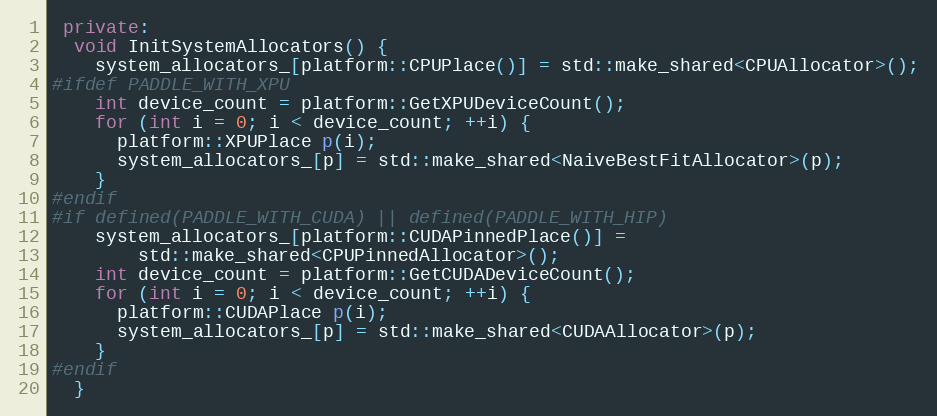
Language: C++
 private:
  void InitSystemAllocators() {
    system_allocators_[platform::CPUPlace()] = std::make_shared<CPUAllocator>();
#ifdef PADDLE_WITH_XPU
    int device_count = platform::GetXPUDeviceCount();
    for (int i = 0; i < device_count; ++i) {
      platform::XPUPlace p(i);
      system_allocators_[p] = std::make_shared<NaiveBestFitAllocator>(p);
    }
#endif
#if defined(PADDLE_WITH_CUDA) || defined(PADDLE_WITH_HIP)
    system_allocators_[platform::CUDAPinnedPlace()] =
        std::make_shared<CPUPinnedAllocator>();
    int device_count = platform::GetCUDADeviceCount();
    for (int i = 0; i < device_count; ++i) {
      platform::CUDAPlace p(i);
      system_allocators_[p] = std::make_shared<CUDAAllocator>(p);
    }
#endif
  }